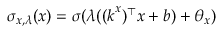
\sigma _ { x , \lambda } ( \boldsymbol { x } ) = \sigma ( \lambda ( ( \boldsymbol { k } ^ { x } ) ^ { \top } \boldsymbol { x } + b ) + \theta _ { x } )